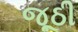
જૂઠી